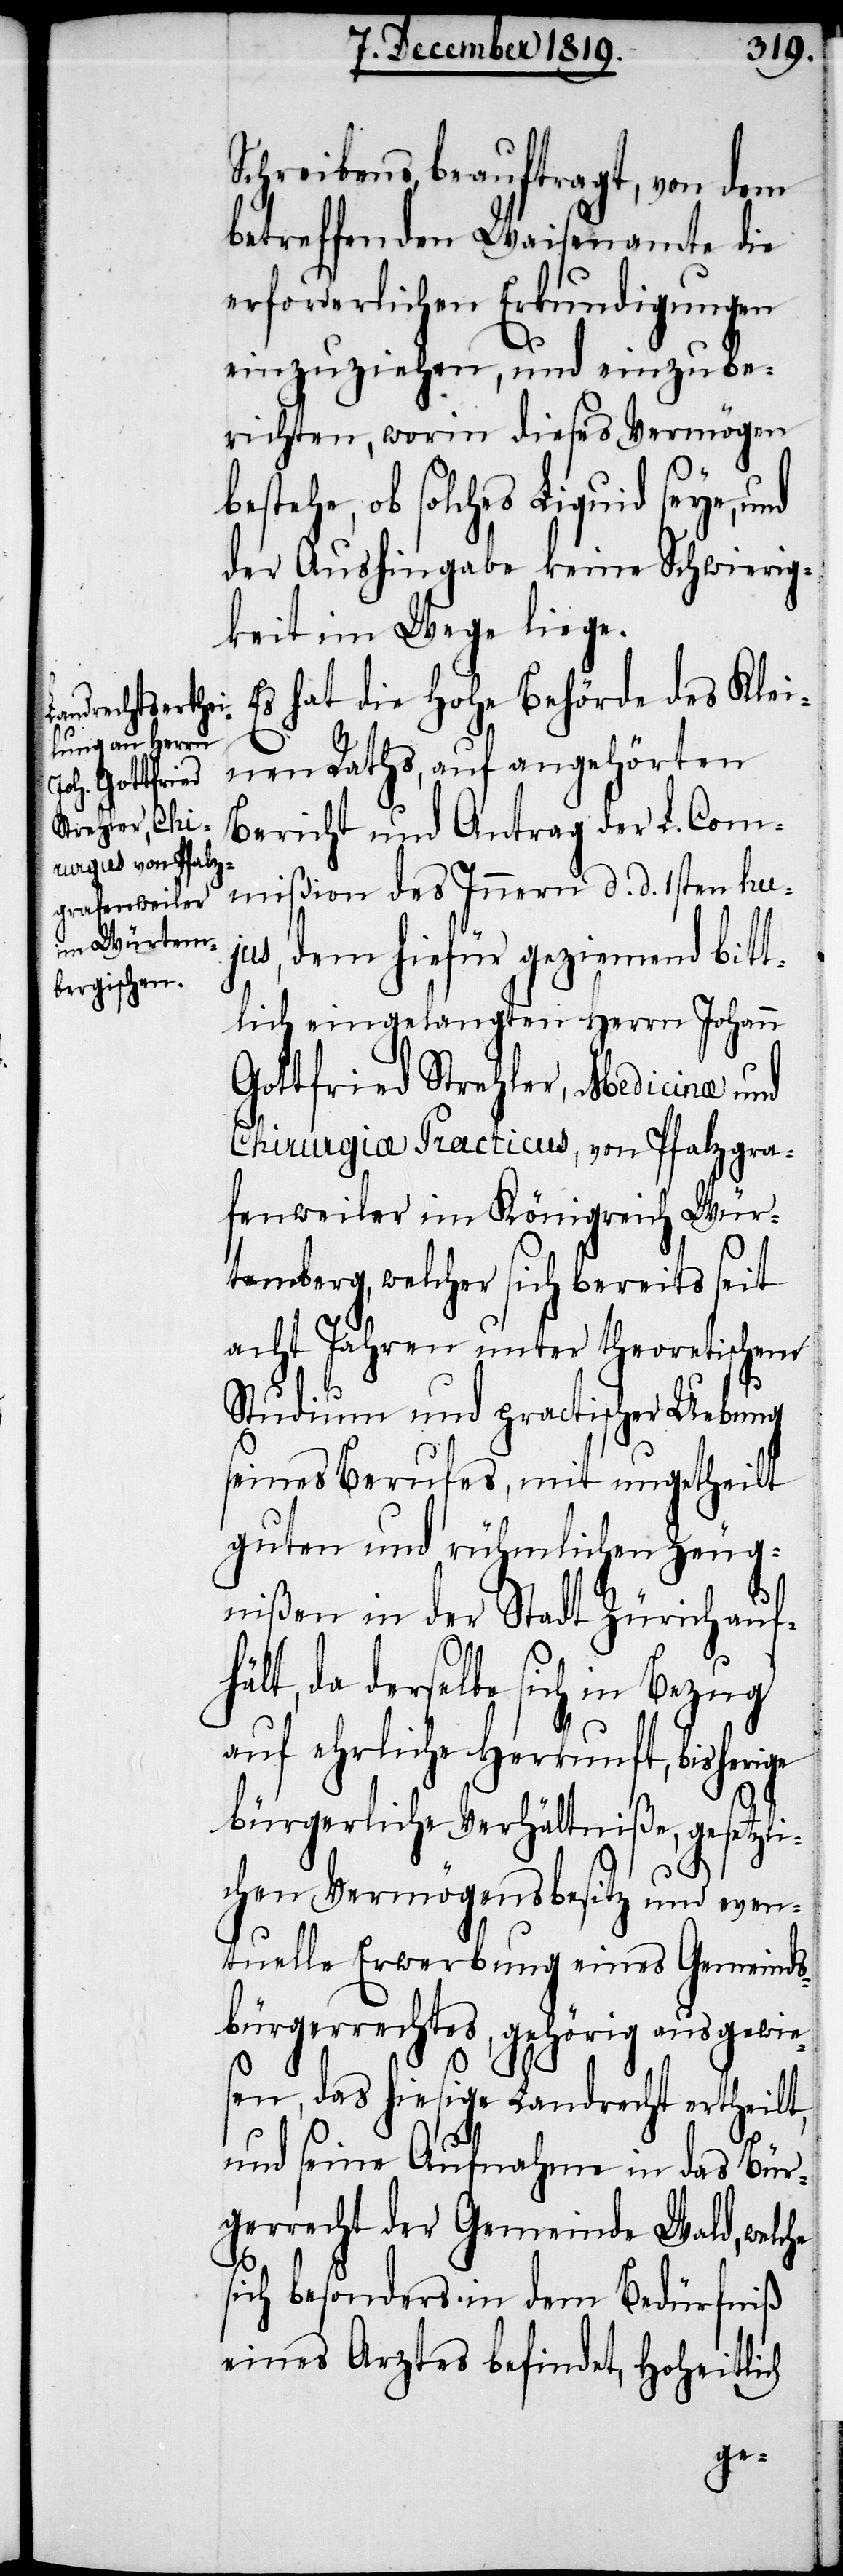
Schreibens, beauftragt, von dem
betreffenden Waisenamte die
erforderlichen Erkundigungen
einzuziehen, und einzube¬
richten, worin dieses Vermögen
bestehe, ob solches Liquid seye, und
der Aushingabe keine Schwierig¬
keit im Wege liege.
Es hat die hohe Behörde des Klei¬
nen Raths, auf angehörten
Bericht und Antrag der L. Com¬
mißion des Innern d. d. 1sten huj¬
us, dem hiefür geziemend bitt¬
lich eingelangten Herrn Johann
Gottfried Strehler, Medicinæ und
Chirurgiæ Practicus, von Pfalzgra¬
fenweiler im Königreich Wür¬
temberg, welcher sich bereits seit
acht Jahren unter theoretischem
Studium und practischer Uebung
seines Berufes, mit ungetheilt
guten und rühmlichen Zeug¬
nißen in der Stadt Zürich auf¬
hält, da derselbe sich in Bezug
auf ehrliche Herkunft, bisherige
bürgerliche Verhältniße, gesetzli¬
chen Vermögensbesitz und even¬
tuelle Erwerbung eines Gemeinds¬
bürgerrechtes, gehörig ausgewie¬
sen, das hiesige Landrecht ertheilt,
und seine Aufnahme in das Bür¬
gerrecht der Gemeinde Wald, welche
sich besonders in dem Bedürfniß
eines Arztes befindet, Hoheitlich